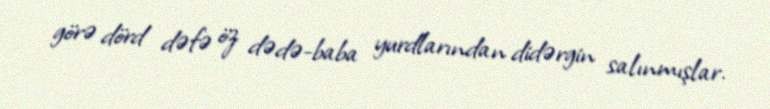
görə dörd dəfə öz dədə-baba yurdlarından didərgin salınmışlar.